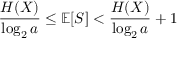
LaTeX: { \frac { H ( X ) } { \log _ { 2 } a } } \leq \mathbb { E } [ S ] < { \frac { H ( X ) } { \log _ { 2 } a } } + 1